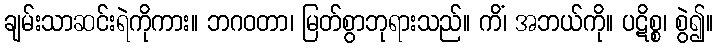
ချမ်းသာဆင်းရဲကိုကား။ ဘဂဝတာ၊ မြတ်စွာဘုရားသည်။ ကိံ၊ အဘယ်ကို။ ပဋိစ္စ၊ စွဲ၍။